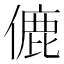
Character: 𬿚